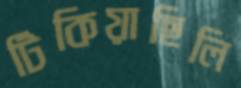
টিকিয়াছিলি